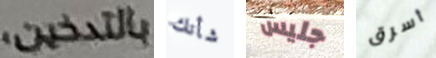
بالتدخين، شأنك جليس أسرق